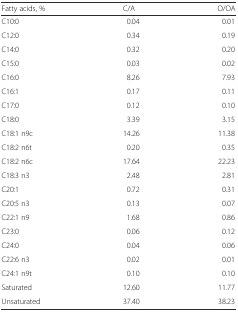
| Fatty acids, % | C/A | O/OA |
 | --- | --- | --- |
 | C10:0 | 0.04 | 0.01 |
 | C12:0 | 0.34 | 0.19 |
 | C14:0 | 0.32 | 0.20 |
 | C15:0 | 0.03 | 0.02 |
 | C16:0 | 8.26 | 7.93 |
 | C16:1 | 0.17 | 0.11 |
 | C17:0 | 0.12 | 0.10 |
 | C18:0 | 3.39 | 3.15 |
 | C18:1 n9c | 14.26 | 11.38 |
 | C18:2 n6t | 0.20 | 0.35 |
 | C18:2 n6c | 17.64 | 22.23 |
 | C18:3 n3 | 2.48 | 2.81 |
 | C20:1 | 0.72 | 0.31 |
 | C20:5 n3 | 0.13 | 0.07 |
 | C22:1 n9 | 1.68 | 0.86 |
 | C23:0 | 0.06 | 0.12 |
 | C24:0 | 0.04 | 0.06 |
 | C22:6 n3 | 0.02 | 0.01 |
 | C24:1 n9t | 0.10 | 0.10 |
 | Saturated | 12.60 | 11.77 |
 | Unsaturated | 37.40 | 38.23 |